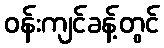
ဝန်းကျင်ခန့်တွင်